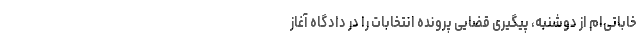
خاباتی‌ام از دوشنبه، پیگیری قضایی پرونده انتخابات را در دادگاه آغاز